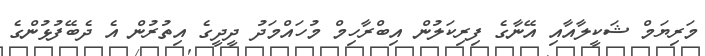
މަރިޔަމް ޝަކީލާއާއި އޭނާގެ ފިރިކަލުން އިބްރާހިމް މުހައްމަދު ދީދީގެ އިތުރުން އެ ދެބޭފުޅުންގެ